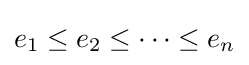
e_{1}\leq e_{2}\leq \cdots \leq e_{n}